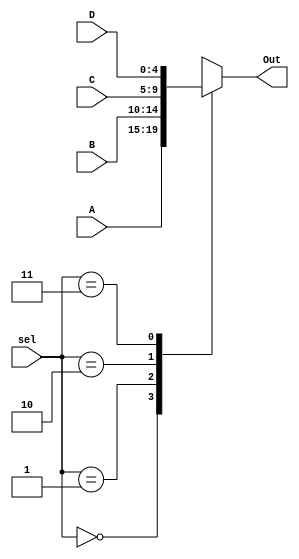
`timescale 1ns / 1ps
//////////////////////////////////////////////////////////////////////////////////
// Company: 
// Engineer: 
// 
// Design Name: 
// Module Name: Mux4x1
// Project Name: 
// Target Devices: 
// Tool Versions: 
// Description: 
// 
// Dependencies: 
// 
// Revision:
// Revision 0.01 - File Created
// Additional Comments:
// 
//////////////////////////////////////////////////////////////////////////////////


module Mux4x1
    (
        input [4:0] A,B,C,D,
        input [1:0] sel,
        output reg [4:0] Out
    );

    always @(*) 
    begin
        case (sel)
            0:Out=A;
            1:Out=B;
            2:Out=C;
            3:Out=D; 
            default:Out='b0; 
        endcase    
    end
endmodule